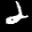
Label: 2